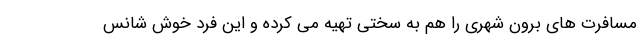
مسافرت های برون شهری را هم به سختی تهیه می کرده و این فرد خوش شانس